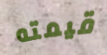
قيمته